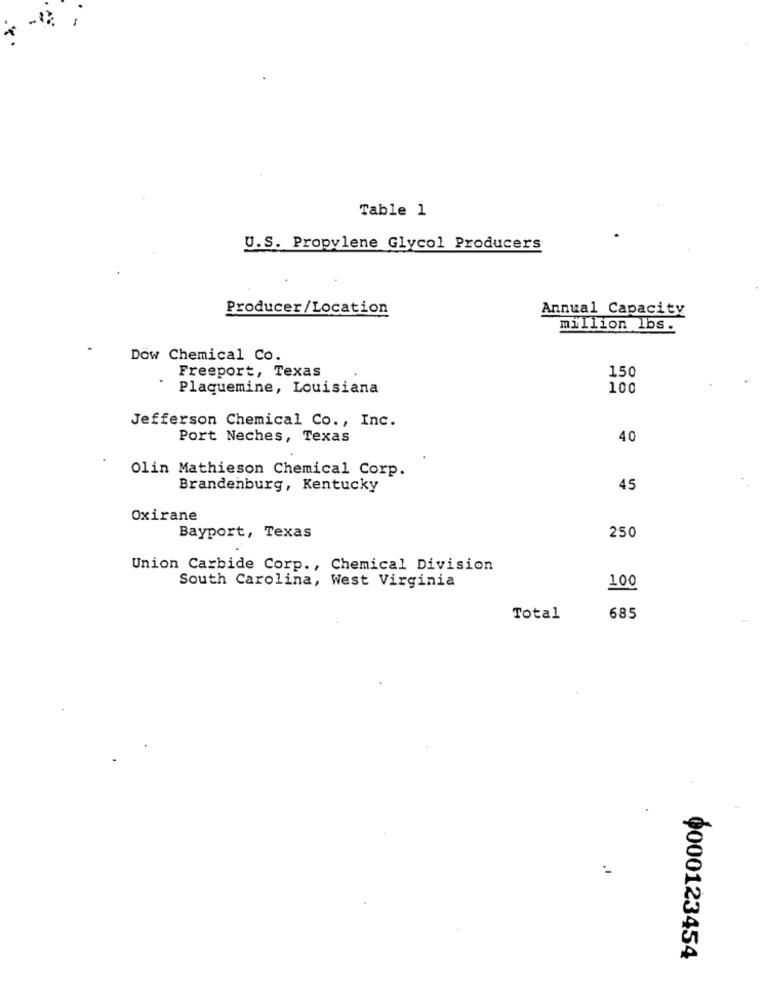
Table 1
U.S. Propylene Glycol Producers
Producer/Location
Annual Capacity
million lbs.
Dow Chemical Co.
Freeport, Texas
150
Plaquemine, Louisiana
100
Jefferson Chemical Co ., Inc.
Port Neches, Texas
40
Olin Mathieson Chemical Corp.
Brandenburg, Kentucky
45
Oxirane
Bayport, Texas
250
Union Carbide Corp ., Chemical Division
South Carolina, West Virginia
100
Total
685
0000123454